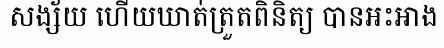
សង្ស័យ ហើយឃាត់ត្រួតពិនិត្យ បានអះអាង